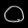
Digit: ၀